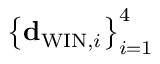
\left\{ { \bf d } _ { \mathrm { W I N } , i } \right\} _ { i = 1 } ^ { 4 }